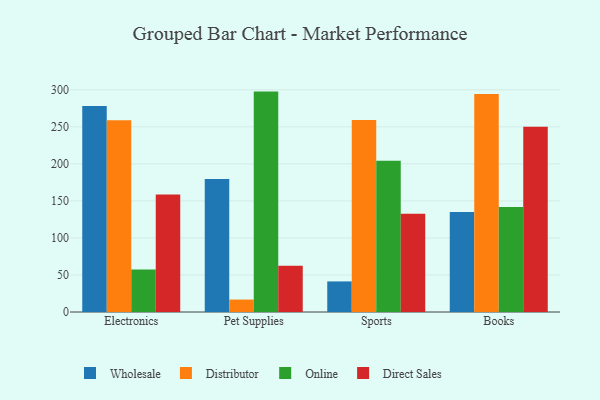
{"axis": {"x": "Category", "y": "Net Income (USD K)"}, "legend": ["Direct Sales", "Distributor", "Online", "Wholesale"], "data": [{"x": "Electronics", "y": 278.3, "type": "Wholesale"}, {"x": "Electronics", "y": 258.8, "type": "Distributor"}, {"x": "Electronics", "y": 57.4, "type": "Online"}, {"x": "Electronics", "y": 158.5, "type": "Direct Sales"}, {"x": "Pet Supplies", "y": 179.6, "type": "Wholesale"}, {"x": "Pet Supplies", "y": 16.8, "type": "Distributor"}, {"x": "Pet Supplies", "y": 297.6, "type": "Online"}, {"x": "Pet Supplies", "y": 62.4, "type": "Direct Sales"}, {"x": "Sports", "y": 41.3, "type": "Wholesale"}, {"x": "Sports", "y": 259.4, "type": "Distributor"}, {"x": "Sports", "y": 204.2, "type": "Online"}, {"x": "Sports", "y": 132.7, "type": "Direct Sales"}, {"x": "Books", "y": 134.9, "type": "Wholesale"}, {"x": "Books", "y": 294.3, "type": "Distributor"}, {"x": "Books", "y": 141.9, "type": "Online"}, {"x": "Books", "y": 250.1, "type": "Direct Sales"}]}